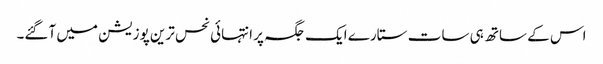
اس کے ساتھ ہی سات ستارے ایک جگہ پر انتہائی نحس ترین پوزیشن میں آگئے۔